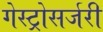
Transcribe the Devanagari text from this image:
गेस्ट्रोसर्जरी